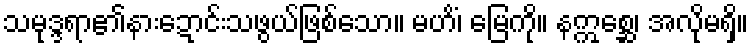
သမုဒ္ဒရာ၏နားဍောင်းသဖွယ်ဖြစ်သော။ မဟိံ၊ မြေကို။ နဣစ္ဆေ၊ အလိုမရှိ။